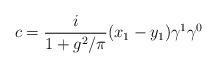
LaTeX: \begin{align*}c=\frac{i}{1+g^2/\pi}(x_1-y_1)\gamma^1\gamma^0\end{align*}